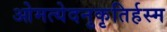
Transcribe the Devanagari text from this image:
ओमत्येदनुकृतिर्हस्म